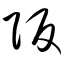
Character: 阪